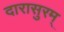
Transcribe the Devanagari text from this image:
दारासुरम्